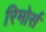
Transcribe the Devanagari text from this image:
रिमोर्स